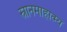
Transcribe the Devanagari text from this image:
स्नानमाहात्म्य